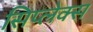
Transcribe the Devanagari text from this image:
सिप्लेक्स